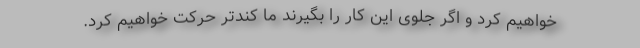
خواهیم کرد و اگر جلوی این کار را بگیرند ما کندتر حرکت خواهیم کرد.